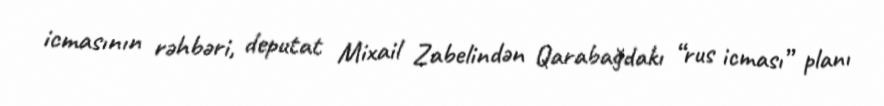
icmasının rəhbəri, deputat Mixail Zabelindən Qarabağdakı “rus icması” planı